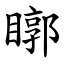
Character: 䁨